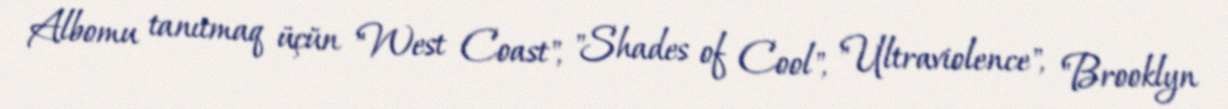
Albomu tanıtmaq üçün "West Coast", "Shades of Cool", "Ultraviolence", "Brooklyn